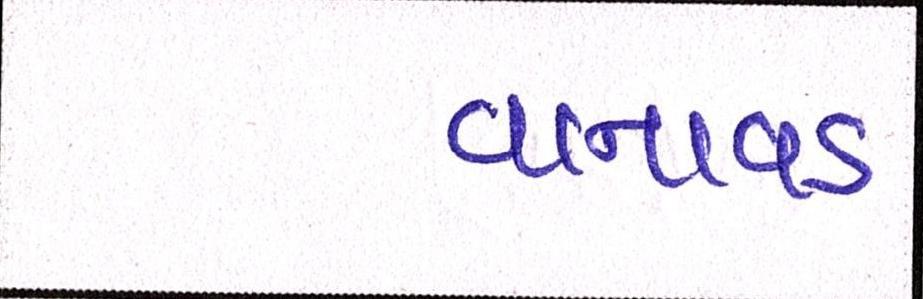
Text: વાનાવડ